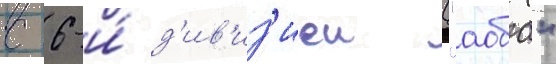
с 6-и́ д'ив'из'иеи ("аоба"